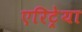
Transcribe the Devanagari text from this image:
एरिट्रेया